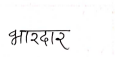
मजकूर: भारदार